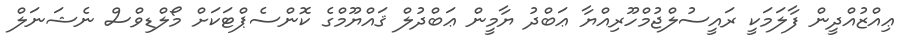
ޢިއްޒުއްދީން ފާލަމަކީ ރައީސުލްޖުމްހޫރިއްޔާ ޢަބްދު ޔާމީން ޢަބްދުލް ޤައްޔޫމްގެ ކޮންސެޕްޓަކަށް މޯލްޑިވްސް ނެޝަނަލް